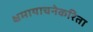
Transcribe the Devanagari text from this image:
क्षमायाचनेकरिता